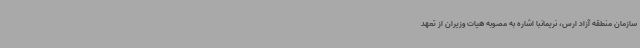
سازمان منطقه آزاد ارس، نریمانبا اشاره به مصوبه هیات وزیران از تعهد